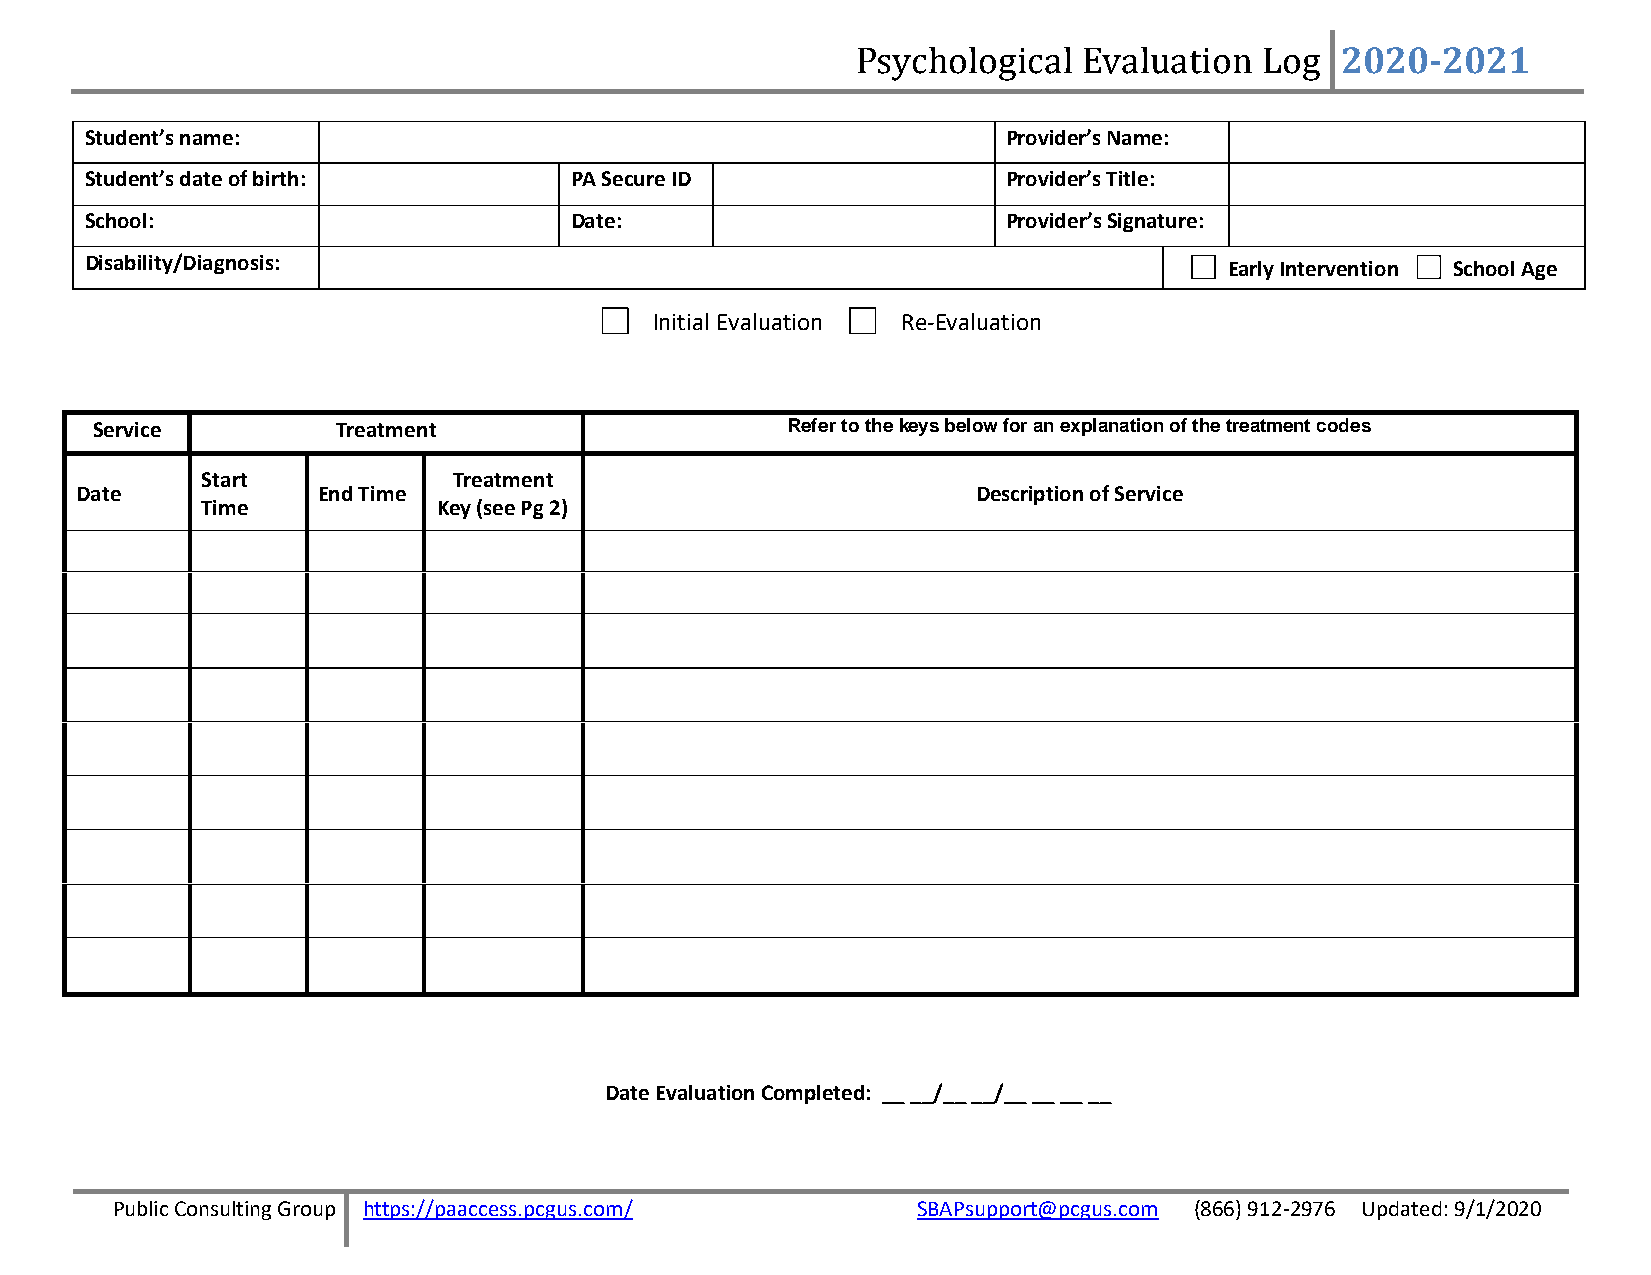
2020-2021
 Student’s name:                                    PsychologPirocvaidle rE’s vNaamlue: a tion L o g
 Student’s date of birth:        PA Secure ID                 Provider’s Title:
 School:                         Date:                        Provider’s Signature:
 Disability/Diagnosis:                                                      Early Intervention School Age
 Initial Evaluation Re-Evaluation
 Service         Treatment                     Refer to the keys below for an explanation of the treatment codes
 Start            Treatment
 Date            End Time                                    Description of Service
 Time            Key (see Pg 2)
 Date Evaluation Completed: __ __/__ __/__ __ __ __
 Public Consulting Group https://paaccess.pcgus.com/   SBAPsupport@pcgus.com (866) 912-2976 Updated: 9/1/2020